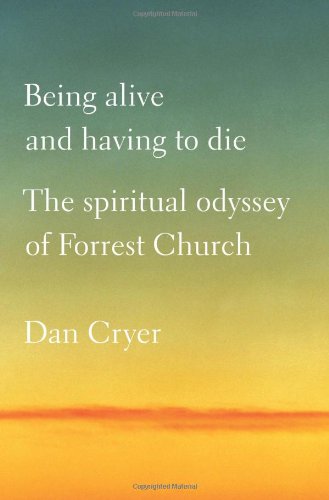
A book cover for Being Alive and Having to Die: The Spiritual Odyssey of Forrest Church; Dan Cryer; Religion & Spirituality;